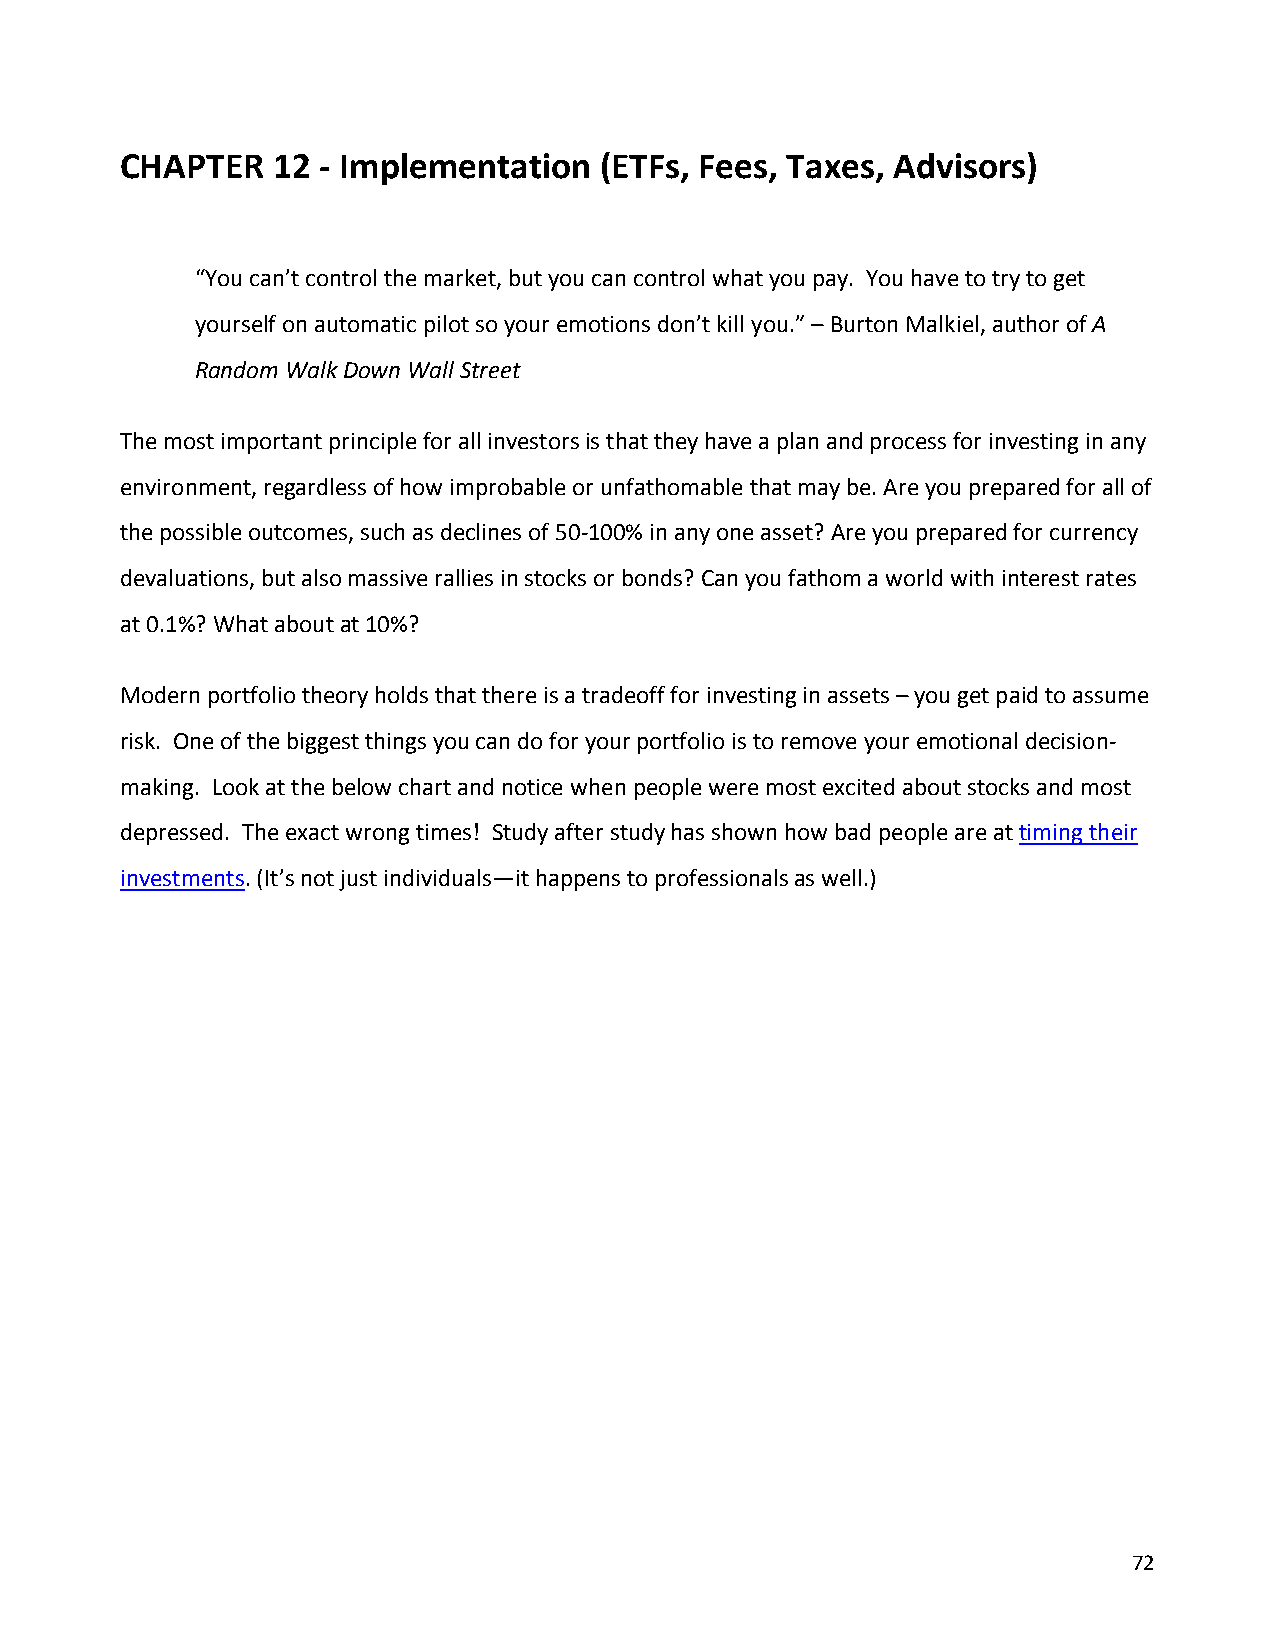
CHAPTER   12 - Implementation   (ETFs, Fees, Taxes, Advisors)
 “You can’t control the market, but you can control what you pay. You have to try to get
 yourself on automatic pilot so your emotions don’t kill you.” – Burton Malkiel, author of A
 Random Walk Down Wall Street
 The most important principle for all investors is that they have a plan and process for investing in any
 environment, regardless of how improbable or unfathomable that may be. Are you prepared for all of
 the possible outcomes, such as declines of 50-100% in any one asset? Are you prepared for currency
 devaluations, but also massive rallies in stocks or bonds? Can you fathom a world with interest rates
 at 0.1%? What about at 10%?
 Modern portfolio theory holds that there is a tradeoff for investing in assets – you get paid to assume
 risk. One of the biggest things you can do for your portfolio is to remove your emotional decision-
 making. Look at the below chart and notice when people were most excited about stocks and most
 depressed. The exact wrong times! Study after study has shown how bad people are at timing their
 investments. (It’s not just individuals—it happens to professionals as well.)
 72